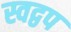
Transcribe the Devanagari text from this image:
स्वद्वप